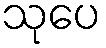
သုပေ